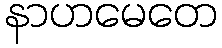
နာဟမေတေ